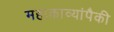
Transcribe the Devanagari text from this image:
महाकाव्यांपैकी